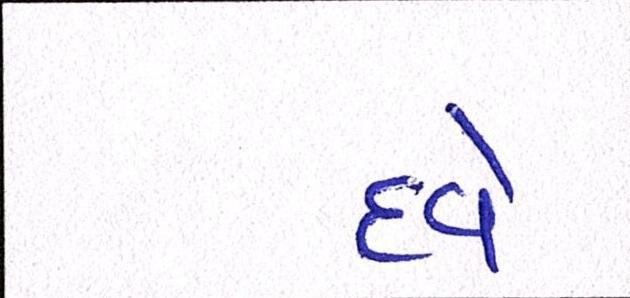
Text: દવે